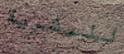
للبشرية